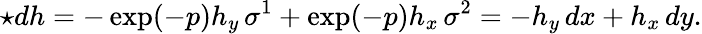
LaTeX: \star dh=-\exp(-p)h_{y}\, \sigma^{1}+\exp(-p)h_{x}\, \sigma^{2}=-h_{y}\, dx+h_{x}\, dy.